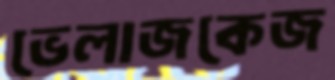
ভেলাজকেজ